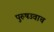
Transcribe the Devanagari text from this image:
पुरुषउवाच